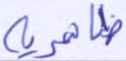
ظاهرية